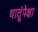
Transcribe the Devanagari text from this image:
धातूंपेक्षा